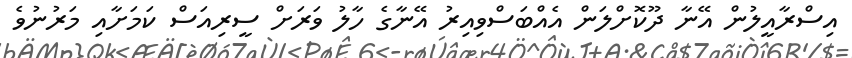
އިސްރާއީލުން އޭނާ ދޫކޮށްލަން އެއްބަސްވިއިރު އޭނާގެ ހާލު ވަރަށް ސީރިއަސް ކަމަށާއި މަރުނުވެ